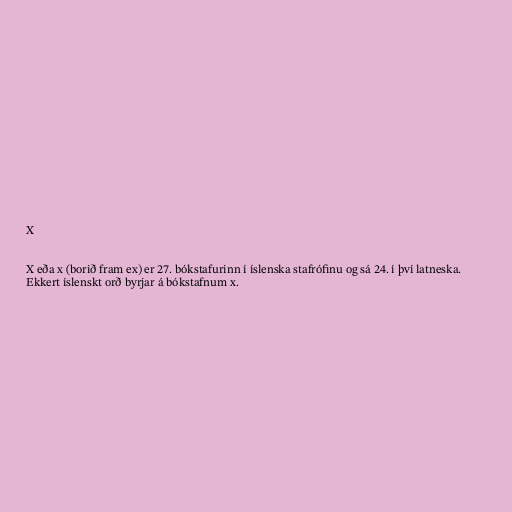
X

X eða x (borið fram ex) er 27. bókstafurinn í íslenska stafrófinu og sá 24. í því latneska.
Ekkert íslenskt orð byrjar á bókstafnum x.